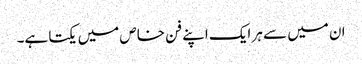
ان میں سے ہر ایک اپنے فن خاص میں یکتا ہے۔